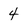
Character: 4